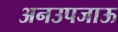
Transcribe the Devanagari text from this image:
अनउपजाऊ